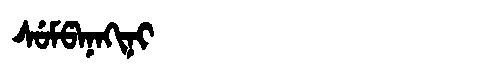
Manchu: ᠰᡠᠮᡦᠠᠨᠠᡴᡳᠨᡳ
Romanization: SUMPANAKINI